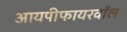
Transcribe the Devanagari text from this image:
आयपीफायरवॉल